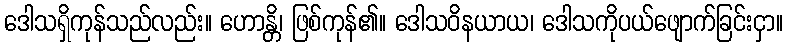
ဒေါသရှိကုန်သည်လည်း။ ဟောန္တိ၊ ဖြစ်ကုန်၏။ ဒေါသဝိနယာယ၊ ဒေါသကိုပယ်ဖျောက်ခြင်းငှာ။